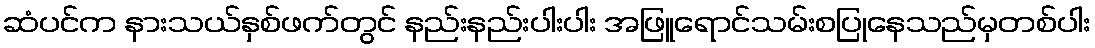
ဆံပင်က နားသယ်နှစ်ဖက်တွင် နည်းနည်းပါးပါး အဖြူရောင်သမ်းစပြုနေသည်မှတစ်ပါး